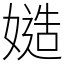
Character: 𡠻